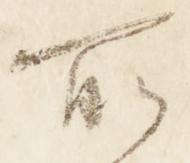
所